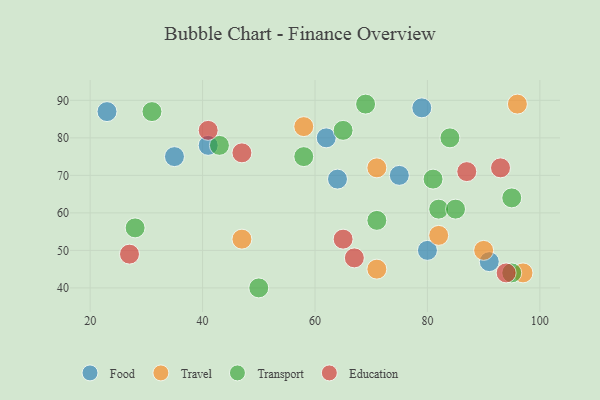
{"axis": {"x": "GDP", "y": "Life Expectancy"}, "legend": ["Education", "Food", "Transport", "Travel"], "data": [{"x": "35", "y": 75, "type": "Food"}, {"x": "23", "y": 87, "type": "Food"}, {"x": "79", "y": 88, "type": "Food"}, {"x": "91", "y": 47, "type": "Food"}, {"x": "41", "y": 78, "type": "Food"}, {"x": "64", "y": 69, "type": "Food"}, {"x": "75", "y": 70, "type": "Food"}, {"x": "80", "y": 50, "type": "Food"}, {"x": "62", "y": 80, "type": "Food"}, {"x": "82", "y": 54, "type": "Travel"}, {"x": "71", "y": 45, "type": "Travel"}, {"x": "97", "y": 44, "type": "Travel"}, {"x": "47", "y": 53, "type": "Travel"}, {"x": "90", "y": 50, "type": "Travel"}, {"x": "71", "y": 72, "type": "Travel"}, {"x": "58", "y": 83, "type": "Travel"}, {"x": "96", "y": 89, "type": "Travel"}, {"x": "95", "y": 44, "type": "Transport"}, {"x": "43", "y": 78, "type": "Transport"}, {"x": "28", "y": 56, "type": "Transport"}, {"x": "31", "y": 87, "type": "Transport"}, {"x": "82", "y": 61, "type": "Transport"}, {"x": "50", "y": 40, "type": "Transport"}, {"x": "84", "y": 80, "type": "Transport"}, {"x": "65", "y": 82, "type": "Transport"}, {"x": "69", "y": 89, "type": "Transport"}, {"x": "58", "y": 75, "type": "Transport"}, {"x": "85", "y": 61, "type": "Transport"}, {"x": "95", "y": 64, "type": "Transport"}, {"x": "71", "y": 58, "type": "Transport"}, {"x": "81", "y": 69, "type": "Transport"}, {"x": "93", "y": 72, "type": "Education"}, {"x": "94", "y": 44, "type": "Education"}, {"x": "67", "y": 48, "type": "Education"}, {"x": "41", "y": 82, "type": "Education"}, {"x": "27", "y": 49, "type": "Education"}, {"x": "65", "y": 53, "type": "Education"}, {"x": "47", "y": 76, "type": "Education"}, {"x": "87", "y": 71, "type": "Education"}]}